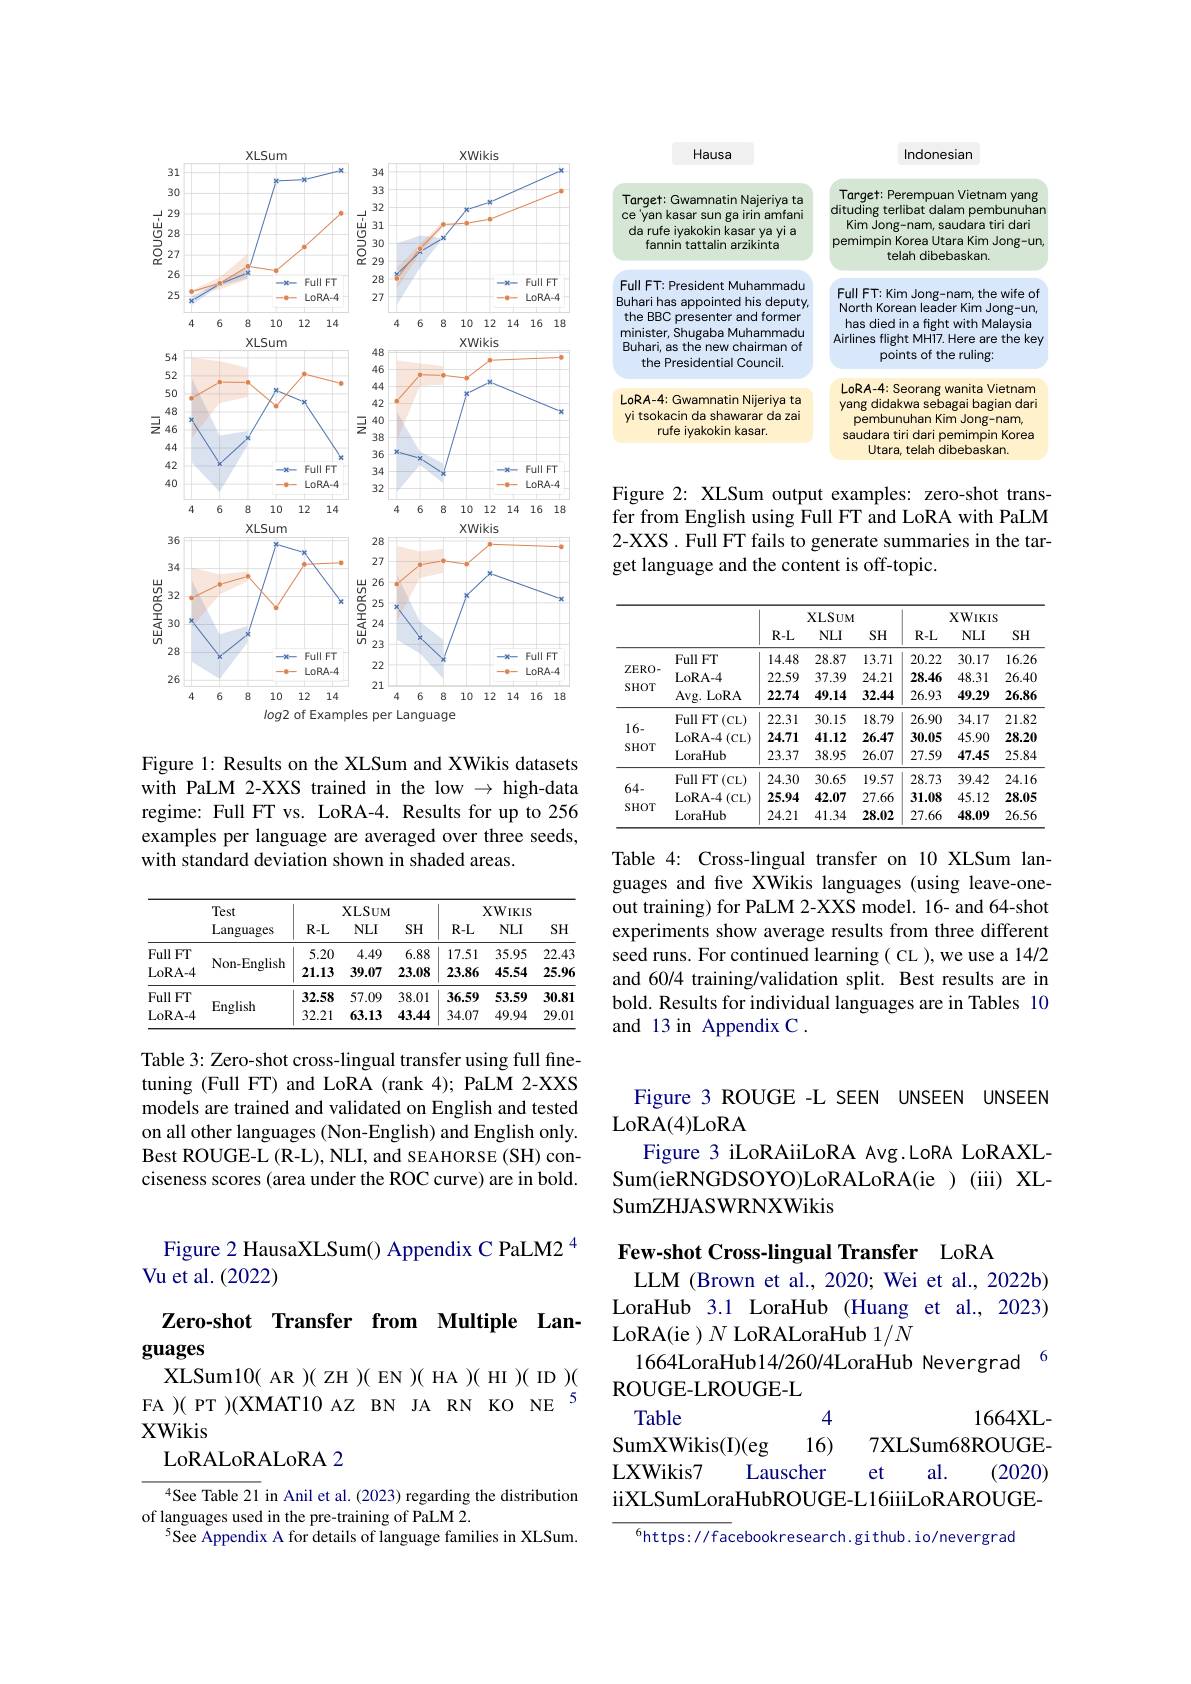
<FigureHere>

Figure 1: Results on the XLSum and XWikis datasets with PaLM 2-XXS trained in the low $\to$ high-data regime: Full FT vs. LoRA-4. Results for up to 256 examples per language are averaged over three seeds, with standard deviation shown in shaded areas.

<table>
	<tbody>
		<tr>
			<th> </th>
			<th rowspan="2">Test Languages</th>
			<th colspan="3">$XLSUM$</th>
			<th colspan="3">XWIKIS</th>
		</tr>
		<tr>
			<th> </th>
			<th>$R-L$</th>
			<th>$NLI$</th>
			<th>SH</th>
			<th>$R-L$</th>
			<th>$NLI$</th>
			<th>SH</th>
		</tr>
		<tr>
			<td>Full FT</td>
			<td rowspan="2">Non-English</td>
			<td>5.20</td>
			<td>4.49</td>
			<td>6.88</td>
			<td>17.51</td>
			<td>35.95</td>
			<td>22.43</td>
		</tr>
		<tr>
			<td>LoRA- 4</td>
			<td>21.13</td>
			<td>39.07</td>
			<td>23.08</td>
			<td>23.86</td>
			<td>45.54</td>
			<td>25.96</td>
		</tr>
		<tr>
			<td>Full FT</td>
			<td rowspan="2">English</td>
			<td>32.58</td>
			<td>57.09</td>
			<td>38.01</td>
			<td>36.59</td>
			<td>53.59</td>
			<td>30.81</td>
		</tr>
		<tr>
			<td>LoRA- 4</td>
			<td>32.21</td>
			<td>63.13</td>
			<td>43.44</td>
			<td>34.07</td>
			<td>49.94</td>
			<td>29.01</td>
		</tr>
	</tbody>
</table>

Table 3: Zero-shot cross-lingual transfer using full finetuning (Full FT) and LoRA (rank 4); PaLM 2-XXS models are trained and validated on English and tested on all other languages (Non-English) and English only. Best ROUGE-L (R-L), NLI, and SEAHORSE (SH) conciseness scores (area under the ROC curve) are in bold.

# Figure 2 HausaXLSum() Appendix C PaLM2 4 Vu et al. (2022)

# Zero-shot Transfer from Multiple Languages

XLSum10( AR )( ZH )( EN )( HA )( HI )( ID )( FA )( PT )(XMAT10 AZ BN JA RN KO NE 5 XWikis
LoRALoRALoRA2

$^{4}$See Table 21 in Anil et al. (2023) regarding the distribution
of languages used in the pre-training of PaLM 2.
$^{5}$See Appendix A for details of language families in XLSum.

<FigureHere>

Figure 2: XLSum output examples: zero-shot transfer from English using Full FT and LoRA with PaLM 2-XXS. Full FT fails to generate summaries in the target language and the content is off-topic.

<table>
	<tbody>
		<tr>
			<th> </th>
			<th> </th>
			<th colspan="3">$XLSUM$</th>
			<th colspan="3">$\mathbf{XWIKIS}$</th>
		</tr>
		<tr>
			<th> </th>
			<th> </th>
			<th>$R-L$</th>
			<th>$NLI$</th>
			<th>SH</th>
			<th>$R-L$</th>
			<th>$NLI$</th>
			<th>SH</th>
		</tr>
		<tr>
			<td rowspan="3">ZERO- SHOT</td>
			<td>Full FT</td>
			<td>14.48</td>
			<td>28.87</td>
			<td>13.71</td>
			<td>20.22</td>
			<td>30.17</td>
			<td>16.26</td>
		</tr>
		<tr>
			<td>LoRA- 4</td>
			<td>22.59</td>
			<td>37.39</td>
			<td>24.21</td>
			<td>28.46</td>
			<td>48.31</td>
			<td>26.40</td>
		</tr>
		<tr>
			<td>Avg. LoRA</td>
			<td>22.74</td>
			<td>49.14</td>
			<td>32.44</td>
			<td>26.93</td>
			<td>49.29</td>
			<td>26.86</td>
		</tr>
		<tr>
			<td rowspan="2">16.</td>
			<td>Full FT $^{\prime}($CL)</td>
			<td>22.31</td>
			<td>30.15</td>
			<td>18.79</td>
			<td>26.90</td>
			<td>34.17</td>
			<td>21.82</td>
		</tr>
		<tr>
			<td>LoRA- 4 1(CL)</td>
			<td>24.71</td>
			<td>41.12</td>
			<td>26.47</td>
			<td>30.05</td>
			<td>45.90</td>
			<td>28.20</td>
		</tr>
		<tr>
			<td rowspan="1">16- SHOT</td>
			<td>LoraHub</td>
			<td>23.37</td>
			<td>38.95</td>
			<td>26.07</td>
			<td>27.59</td>
			<td>47.45</td>
			<td>25.84</td>
		</tr>
		<tr>
			<td rowspan="1">64.</td>
			<td>Full FT $^{\prime}($CL)</td>
			<td>24.30</td>
			<td>30.65</td>
			<td>19.57</td>
			<td>28.73</td>
			<td>39.42</td>
			<td>24.16</td>
		</tr>
		<tr>
			<td rowspan="2">W SHOT</td>
			<td>LoRA- 4 $\vdash($CL)</td>
			<td>25.94</td>
			<td>42.07</td>
			<td>27.66</td>
			<td>31.08</td>
			<td>45.12</td>
			<td>28.05</td>
		</tr>
		<tr>
			<td>LoraHub</td>
			<td>24.21</td>
			<td>41.34</td>
			<td>28.02</td>
			<td>27.66</td>
			<td>48.09</td>
			<td>26.56</td>
		</tr>
	</tbody>
</table>

Table 4: Cross-lingual transfer on 10 XLSum languages and fve XWikis languages (using leave-oneout training) for PaLM 2-XXS model. 16- and 64-shot experiments show average results from three different seed runs. For continued learning( CL ),we use a 14/2 and 60/4 training/validation split. Best results are in bold. Results for individual languages are in Tables 10 and 13 in Appendix C .

Figure 3 ROUGE -L SEEN UNSEEN UNSEEN
LoRA( 4) LoRA
Figure 3 iLoRAiiLoRA Avg.LoRA LoRAXLSum(ieRNGDSOYO)LoRALoRA(ie )(iii) XLSumZHJASWRNXWikis

Few-shot Cross-lingual Transfer LoRA
LLM (Brown et al., 2020; Wei et al., 2022b) LoraHub 3.1 LoraHub (Huang et al., 2023) LoRA(ie ) $N$ LoRALoraHub $1/N$
1664LoraHub14/260/4LoraHub Nevergrad 6
ROUGE- LROUGE- L
Table
1664XL-
416)
SumXWikis(I)(eg
7XLSum68ROUGE-
LXWikis7
et
al.
Lauscher
(2020)
iiXLSumLoraHubROUGE-L16iiiLoRAROUGE-

$^{6}$https://facebookresearch.github.io/nevergrad